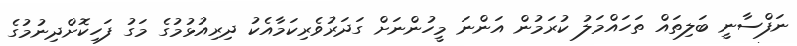
ނަފްސާނީ ބަލިތައް ތަހައްމަލު ކުރަމުން އަންނަ މީހުންނަށް ގަދަރުވެރިކަމާއެކު ދިރިއުޅުމުގެ މަގު ފަހިކޮށްދިނުމުގެ